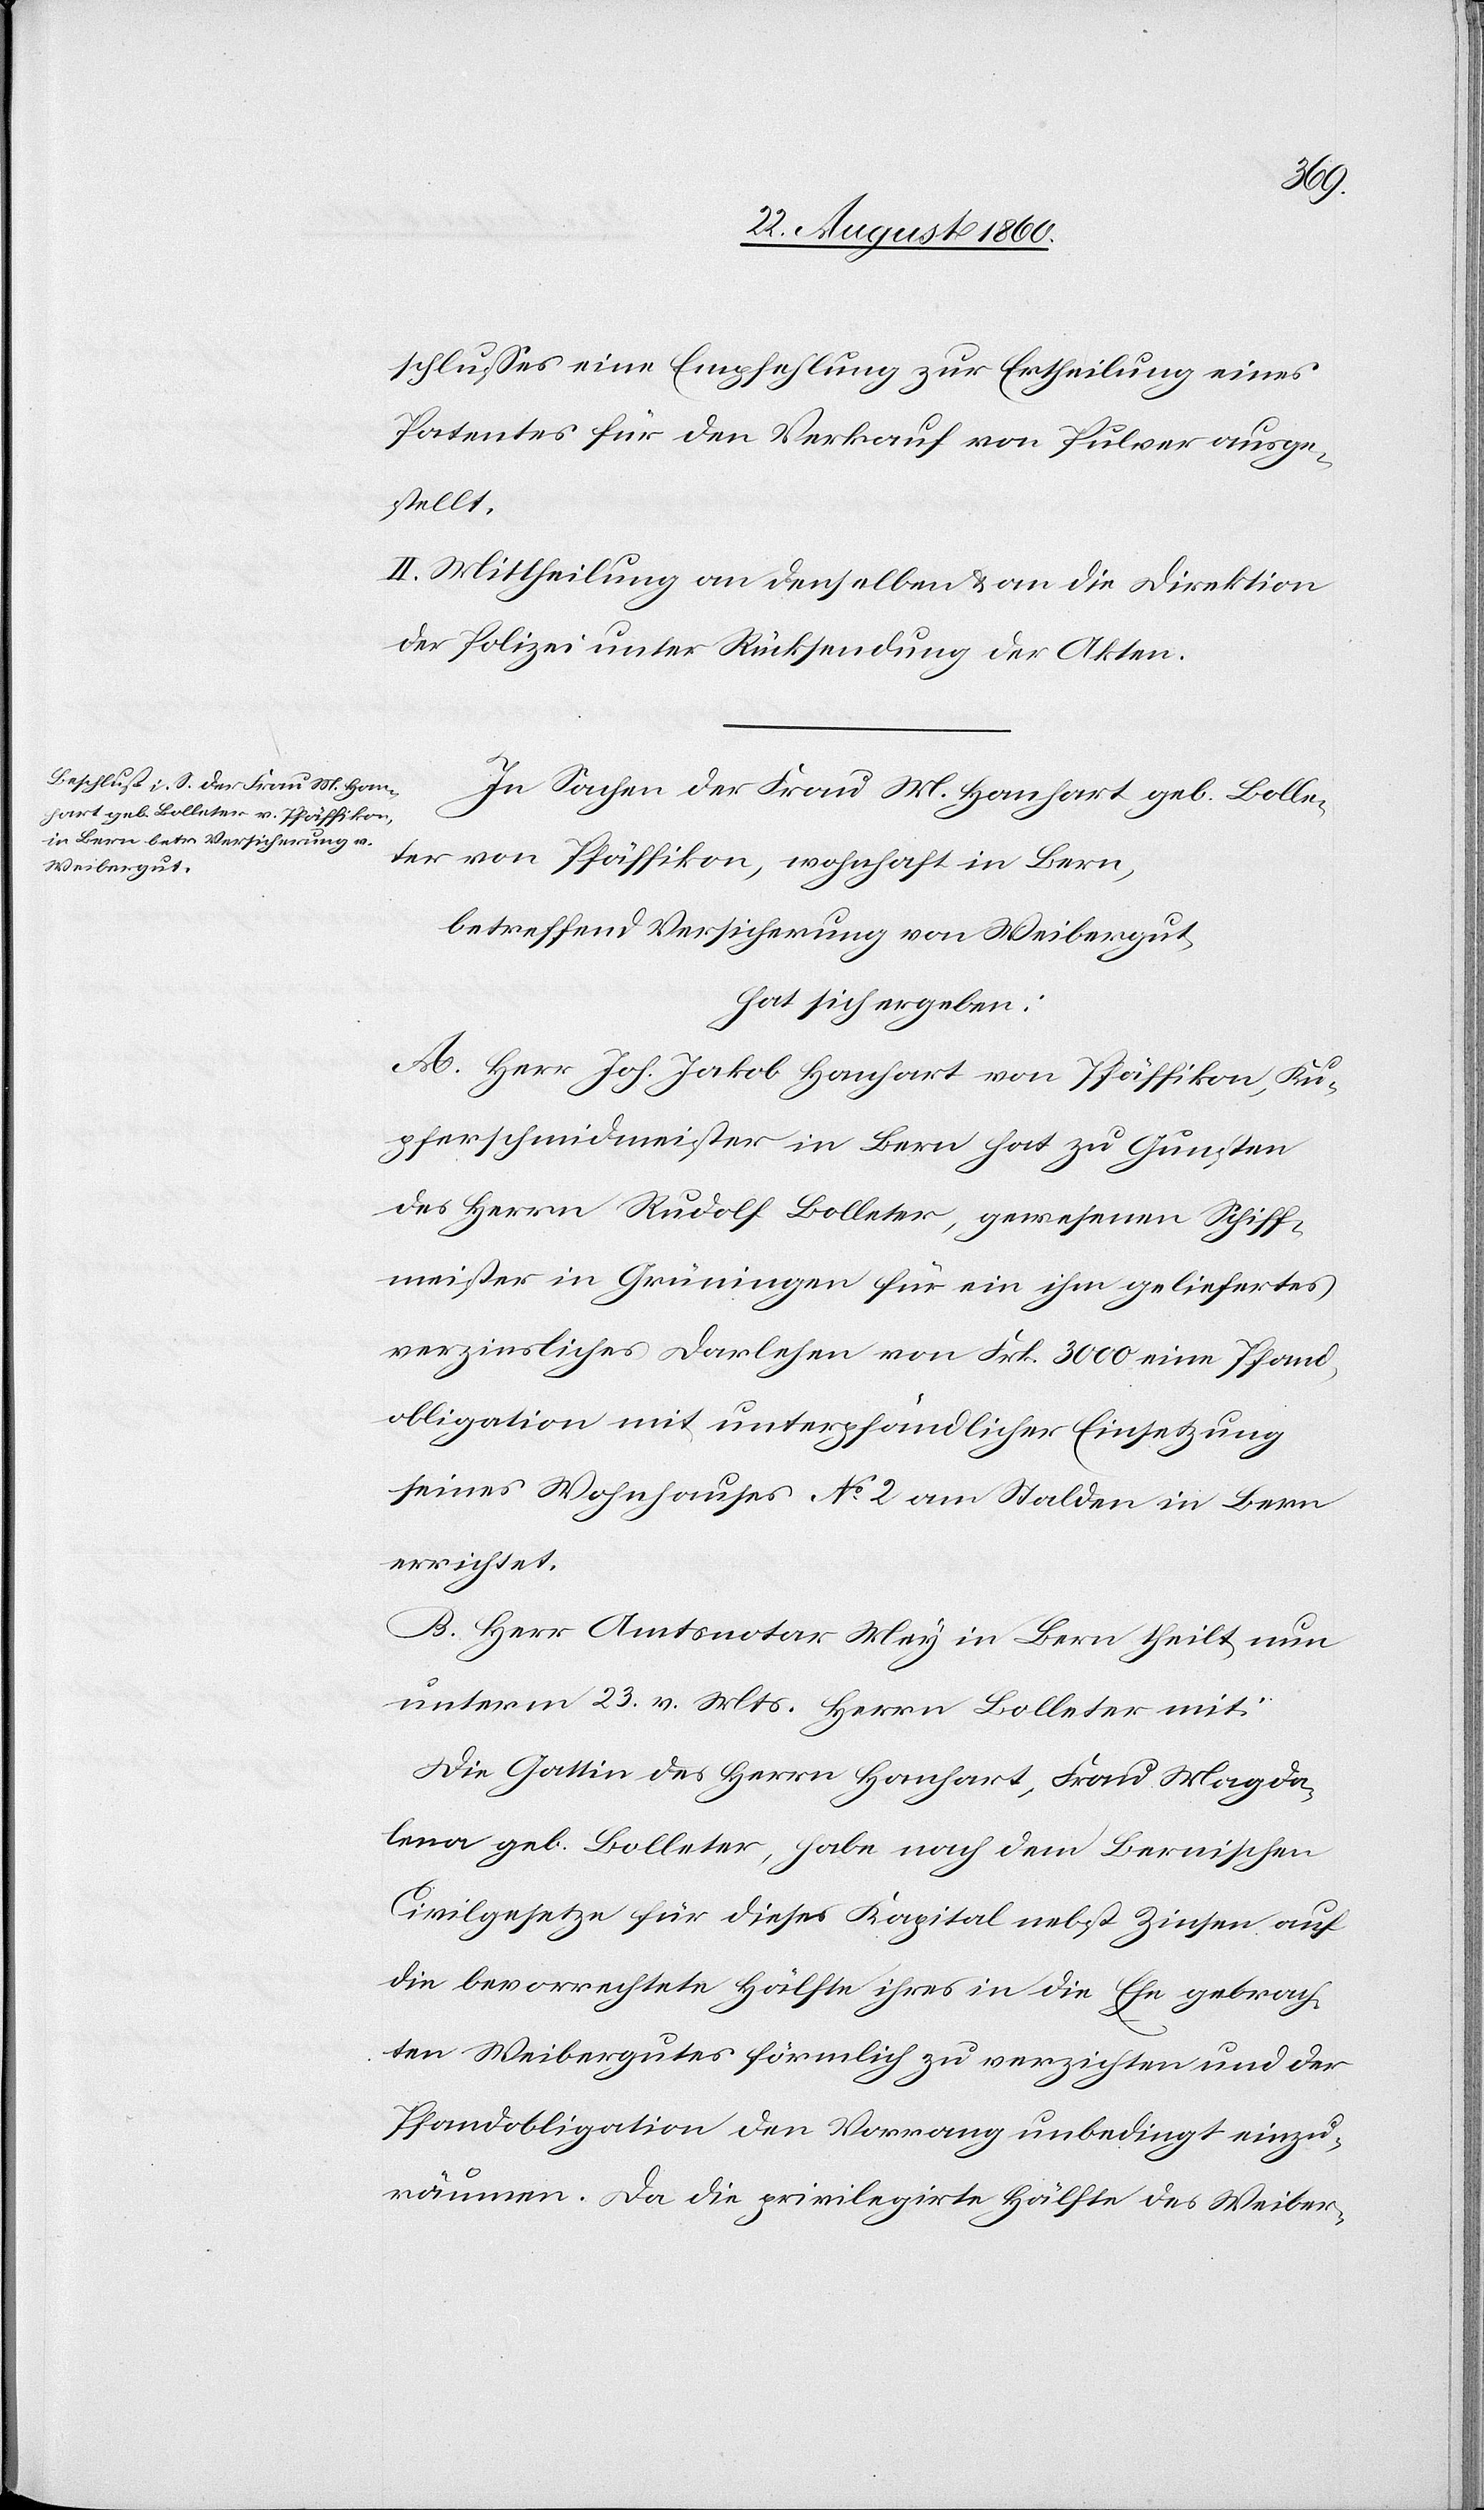
schlusses eine Empfehlung zur Ertheilung eines
Patentes für den Verkauf von Pulver ausge¬
stellt.
II. Mittheilung an denselben u. an die Direktion
der Polizei unter Rücksendung der Akten.
In Sachen der Frau M. Hanhart geb. Bolle¬
ter von Pfäffikon, wohnhaft in Bern
betreffend Versicherung von Weibergut
hat sich ergeben:
A. Herr Joh. Jakob Hanhart von Pfäffikon, Ku¬
pferschmidmeister in Bern hat zu Gunsten
des Herrn Rudolf Bolleter, gewesenen Schiff¬
meister in Grüningen für ein ihm geliefertes
verzinsliches Darlehen von fcs. 3000 eine Pfand¬
obligation mit unter schändlicher Einsetzung
seines Wohnhauses No 2 am Stalden in Bern
errichtet.
B. Herr Amtsnotar Mey in Bern theilt nun
unterm 23. v. Mts. Herrn Bolleter mit:
Die Gattin des Herrn Hanhart, Frau Magda¬
lena geb. Bolleter, habe nach dem Bernischen
Civilgesetze für dieses Kapital nebst Zinsen auf
die bevorrechtete Hälfte ihres in die Ehe gebrach¬
ten Weibergutes förmlich zu verzichten und der
Pfandobligation den Vorrang unbedingt einzu¬
räumen. Da die priviligirte Hälfte des Weiber-